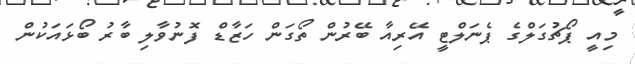
މިއީ ޕޯޗުގަލްގެ ޕެނަލްޓީ އޭރިއާ ބޭރުން ތޯގަން ހަޒާޑް ފޮނުވާލި ބާރު ބޯޅައަކުން